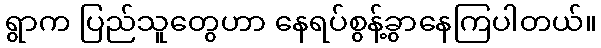
ရွာက ပြည်သူတွေဟာ နေရပ်စွန့်ခွာနေကြပါတယ်။